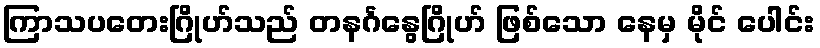
ကြာသပတေးဂြိုဟ်သည် တနင်္ဂနွေဂြိုဟ် ဖြစ်သော နေမှ မိုင် ပေါင်း